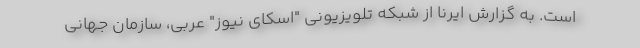
است. به گزارش ایرنا از شبکه تلویزیونی "اسکای نیوز" عربی، سازمان جهانی